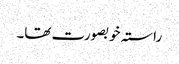
راستہ خوبصورت تھا۔